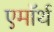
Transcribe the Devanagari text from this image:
एमॉर्थ